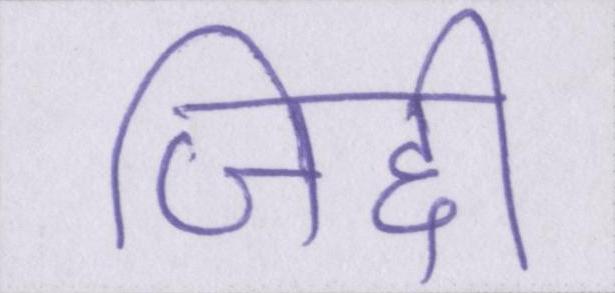
जिद्दी